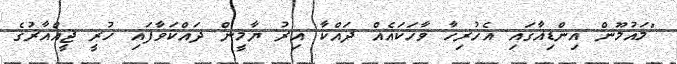
"މައުމޫން އިންޑިއާގައި އެހުރިހާ ވާހަކައެއް ދައްކާ އިރު ޔާމީން ދައްކަވާފައި ހުރީ ޖީއްއާރުގެ